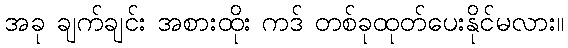
အခု ချက်ချင်း အစားထိုး ကဒ် တစ်ခုထုတ်ပေးနိုင်မလား။